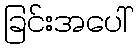
ခြင်းအပေါ်